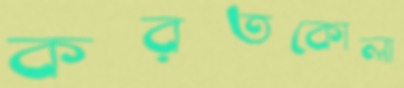
করতকোলা